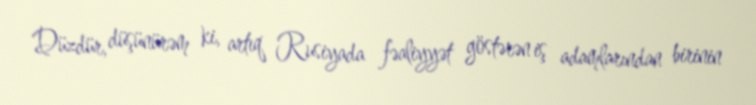
Düzdür, düşünürəm ki, artıq Rusiyada fəaliyyət göstərən iş adamlarından birinin